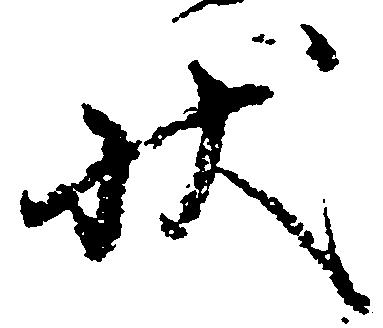
状